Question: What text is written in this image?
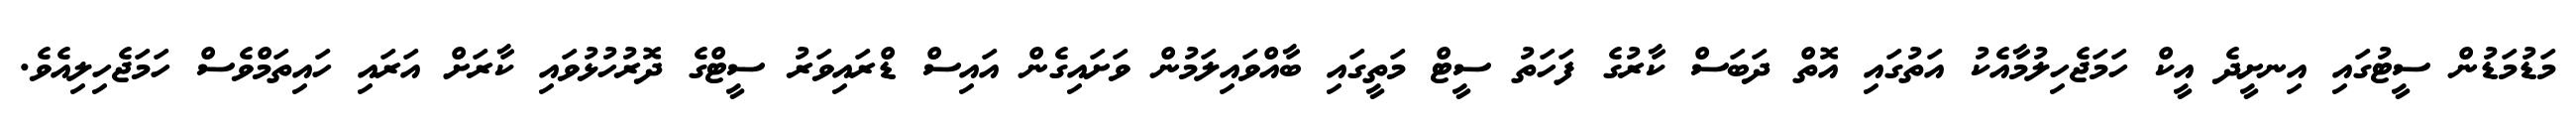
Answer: މަޑުމަޑުން ސީޓުގައި އިނށީދެ އީކް ހަމަޖެހިލުމާއެކު އަތުގައި އޮތް ދަބަސް ކާރުގެ ފަހަތު ސީޓް މަތީގައި ބާއްވައިލަމުން ވަށައިގެން އައިސް ޑްރައިވަރު ސީޓްގެ ދޮރުހުޅުވައި ކާރަށް އަރައި ހައިތަމްވެސް ހަމަޖެހިލިއެވެ.